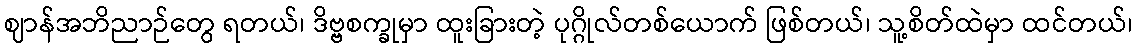
ဈာန်အဘိညာဉ်တွေ ရတယ်၊ ဒိဗ္ဗစက္ခုမှာ ထူးခြားတဲ့ ပုဂ္ဂိုလ်တစ်ယောက် ဖြစ်တယ်၊ သူ့စိတ်ထဲမှာ ထင်တယ်၊